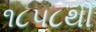
૧૮૫૮થી